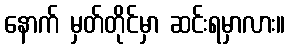
နောက် မှတ်တိုင်မှာ ဆင်းရမှာလား။